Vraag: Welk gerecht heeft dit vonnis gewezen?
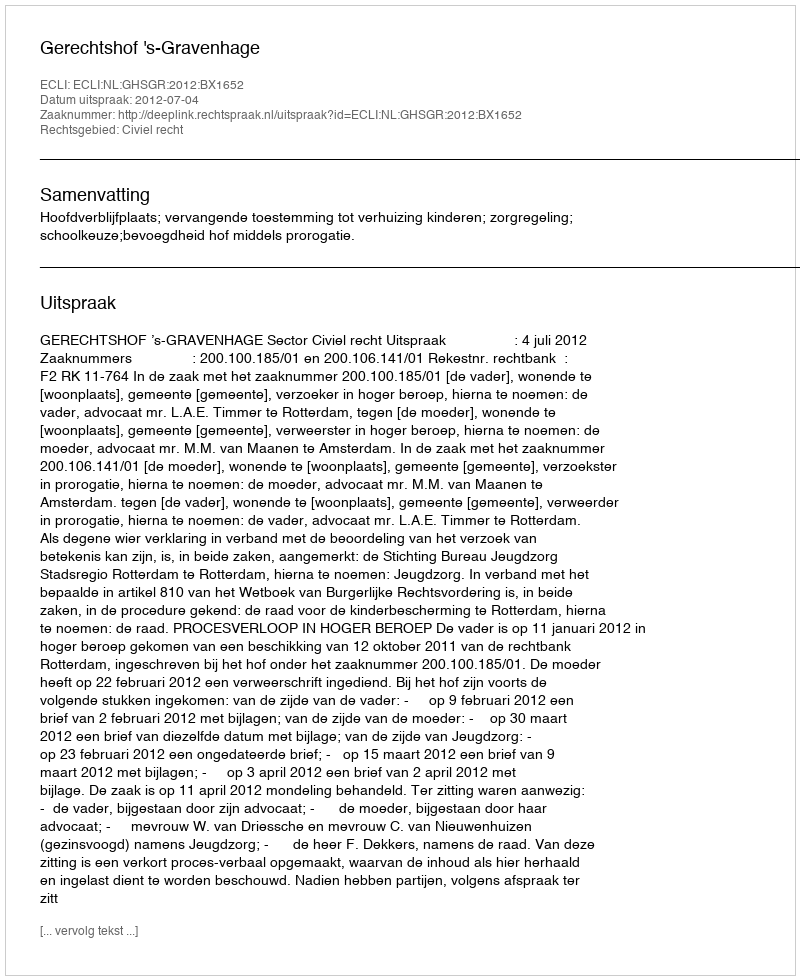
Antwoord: Gerechtshof 's-Gravenhage